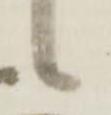
候